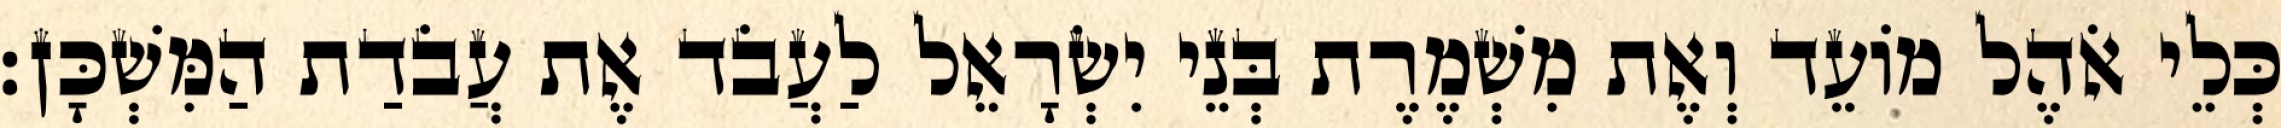
כְּלֵי אֹהֶל מוֹעֵד וְאֶת מִשְׁמֶרֶת בְּנֵי יִשְׂרָאֵל לַעֲבֹד אֶת עֲבֹדַת הַמִּשְׁכָּן׃